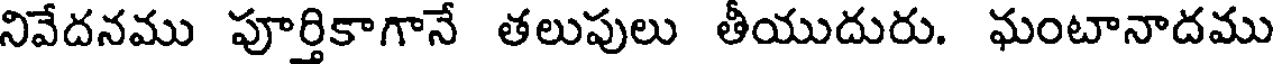
నివేదనము పూర్తికాగానే తలుపులు తీయుదురు. ఘంటానాదము